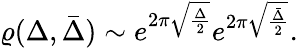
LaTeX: \varrho(\Delta,\bar{\Delta})\sim e^{2\pi\sqrt{\frac{\Delta}{2}}}e^{2\pi\sqrt{\frac{\bar{\Delta}}{2}}}.